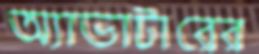
অ্যাভাটারের